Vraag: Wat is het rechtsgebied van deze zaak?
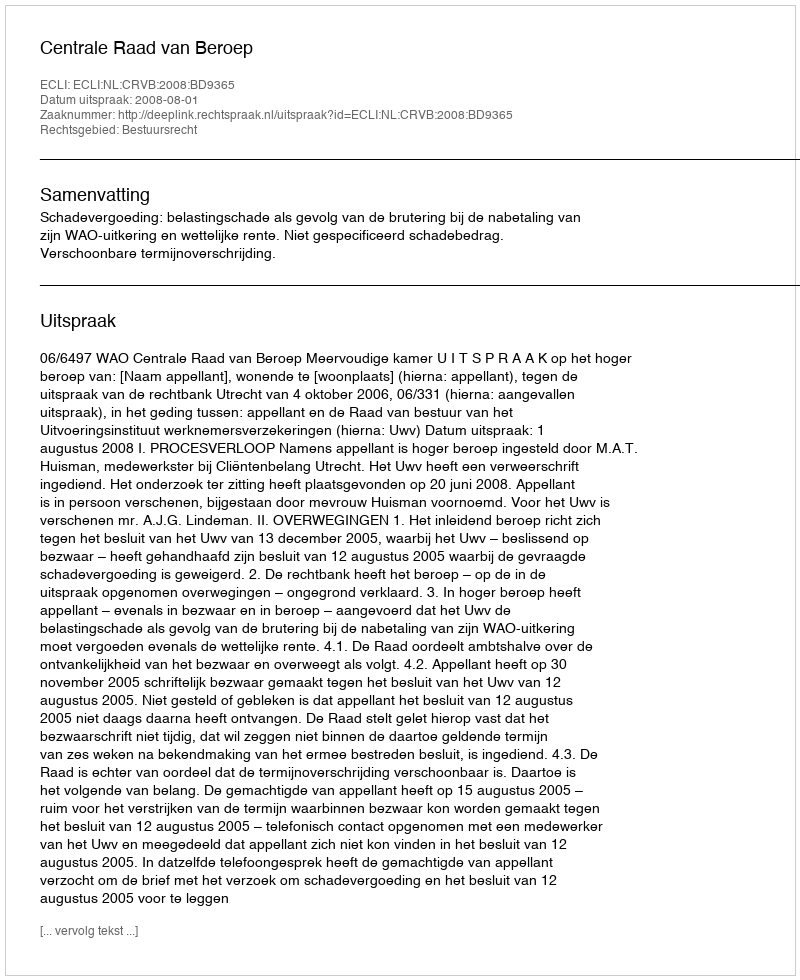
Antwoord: Bestuursrecht